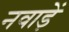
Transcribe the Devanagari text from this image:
नवाड़ें